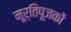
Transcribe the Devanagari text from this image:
मूर्तिपूजकों